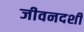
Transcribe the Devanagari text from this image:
जीवनदर्शी